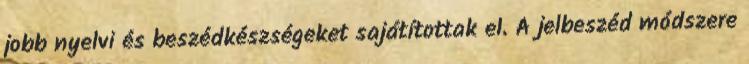
jobb nyelvi és beszédkészségeket sajátítottak el. A jelbeszéd módszere